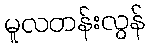
မူလတန်းလွန်